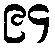
၉၄